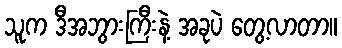
သူက ဒီအဘွားကြီးနဲ့ အခုပဲ တွေ့လာတာ။